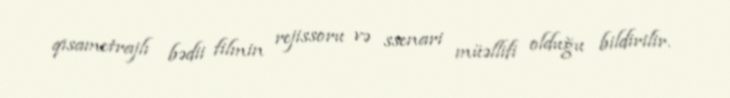
qısametrajlı bədii filmin rejissoru və ssenari müəllifi olduğu bildirilir.